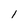
Character: 1